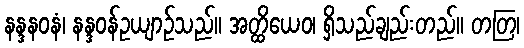
နန္ဒနဝနံ၊ နန္ဒဝန်ဥယျာဉ်သည်။ အတ္ထိယေဝ၊ ရှိသည်ချည်းတည်။ တတြ၊